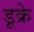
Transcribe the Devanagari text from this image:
डूक्रे